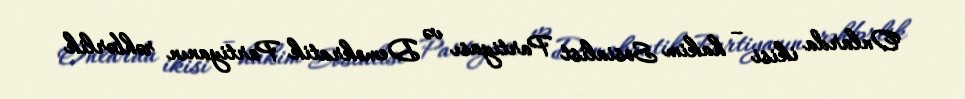
Onlarda ikisi – hakim Sosialist Partiyası və Demokratik Partiyanın rəhbərlik